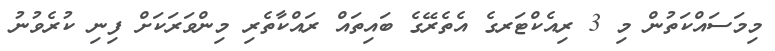
މިމަސައްކަތުން މި 3 ރިއެކްޓަރގެ އެތެރޭގެ ބައިތައް ރައްކާތެރި މިންވަރަކަށް ފިނި ކުރެވުނު